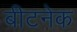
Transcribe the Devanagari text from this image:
बीटनेक